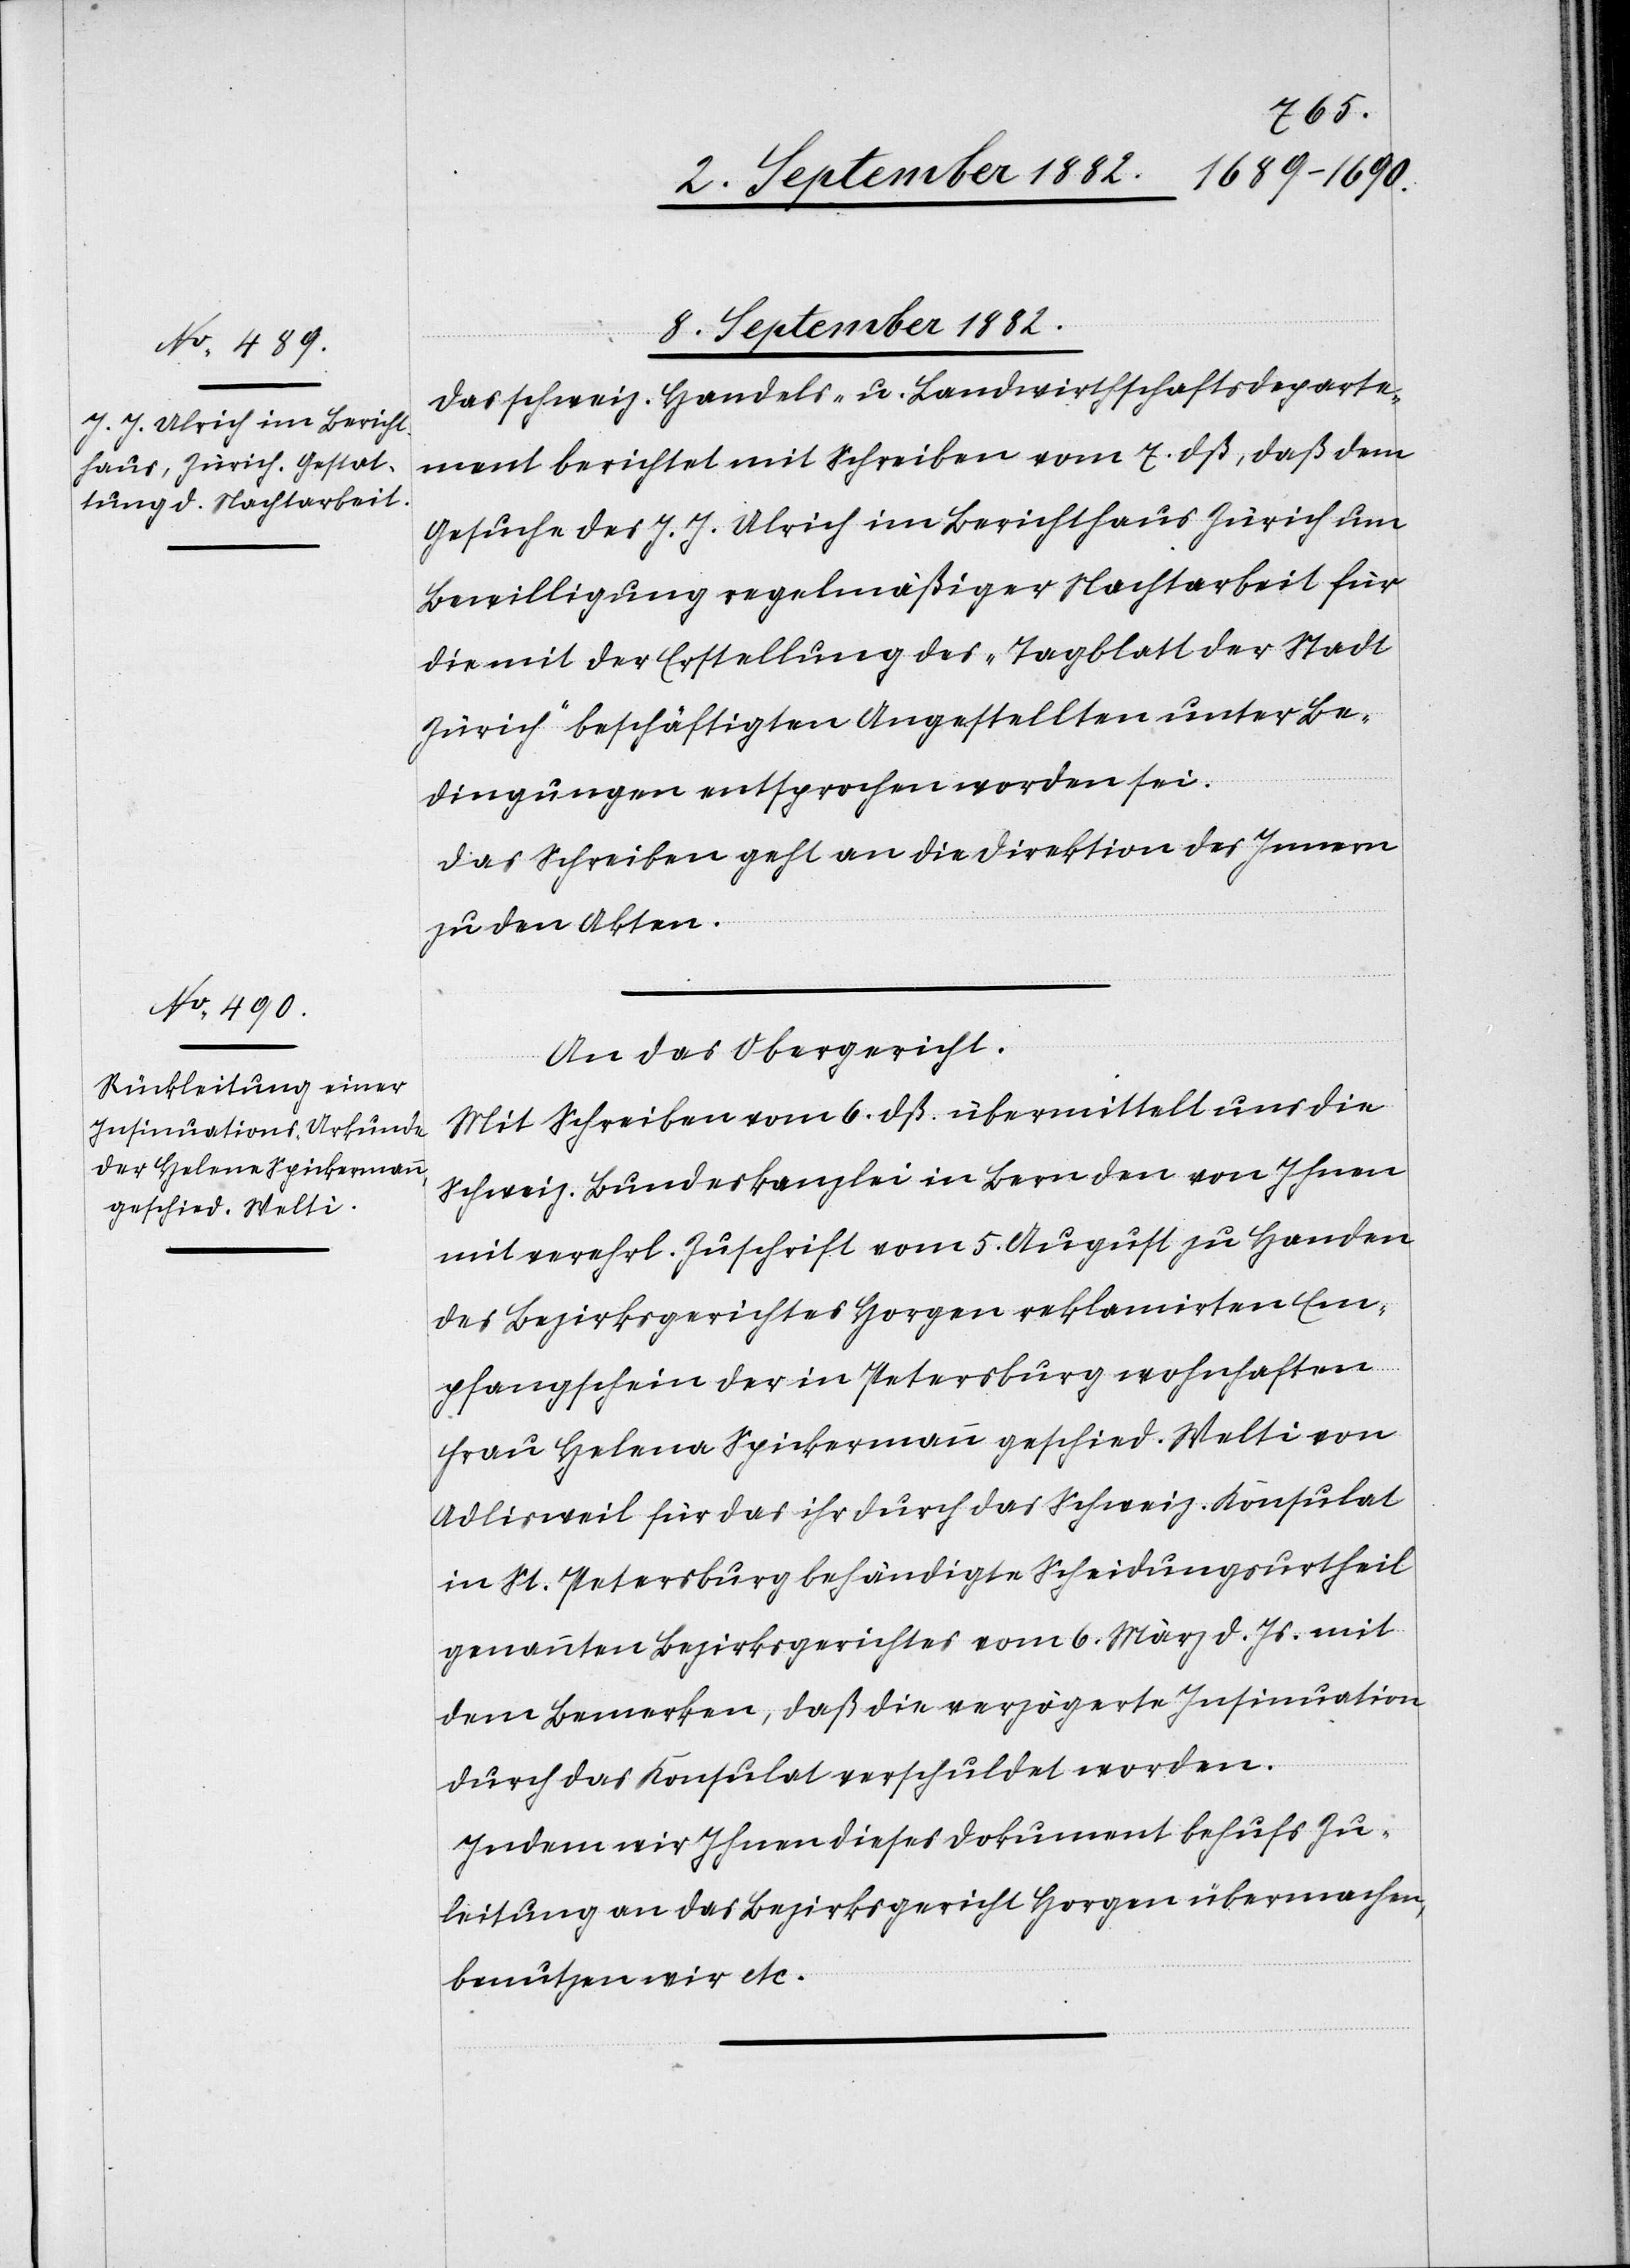
8. September 1882.
Das schweiz. Handels- u. Landwirthschaftsdeparte¬
ment berichtet mit Schreiben vom 7. dß., daß dem
Gesuche des J. J. Ulrich im Berichthaus Zürich um
Bewilligung regelmäßiger Nachtarbeit für
die mit der Erstellung des „Tagblatt der Stadt
Zürich“ beschäftigten Angestellten unter Be¬
dingungen entsprochen worden sei.
Das Schreiben geht an die Direktion des Innern
zu den Akten.